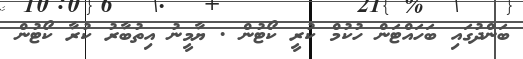
ބަންދުގައި ބަހައްޓަން ހުކުމް ކުރީ ކޯޓުން . ޔާމީނު އިތުބާރު ކުރާ ކޯޓުން